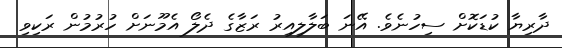
ދާރިޔާ ކުޑަކޮށް ސިހުނެވެ. އޭނަ ބަލާލިއިރު ރަޒާގެ ދެލޯ އެމޫނަށް ހުރުމުން ރަކިވި